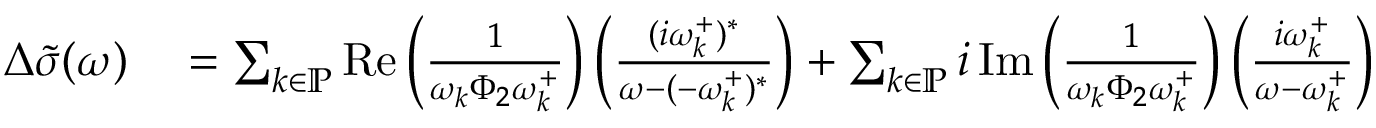
\begin{array} { r l } { \Delta \tilde { \sigma } ( \omega ) } & { { } = \sum _ { k \in \mathbb { P } } \operatorname { R e } \left( \frac { 1 } { \omega _ { k } \Phi _ { 2 } \omega _ { k } ^ { + } } \right) \left( \frac { ( i \omega _ { k } ^ { + } ) ^ { * } } { \omega - ( - \omega _ { k } ^ { + } ) ^ { * } } \right) + \sum _ { k \in \mathbb { P } } i \operatorname { I m } \left( \frac { 1 } { \omega _ { k } \Phi _ { 2 } \omega _ { k } ^ { + } } \right) \left( \frac { i \omega _ { k } ^ { + } } { \omega - \omega _ { k } ^ { + } } \right) } \end{array}